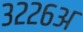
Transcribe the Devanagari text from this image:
३२२६अ